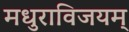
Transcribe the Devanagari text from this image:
मधुराविजयम्